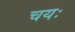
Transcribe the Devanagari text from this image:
चयः